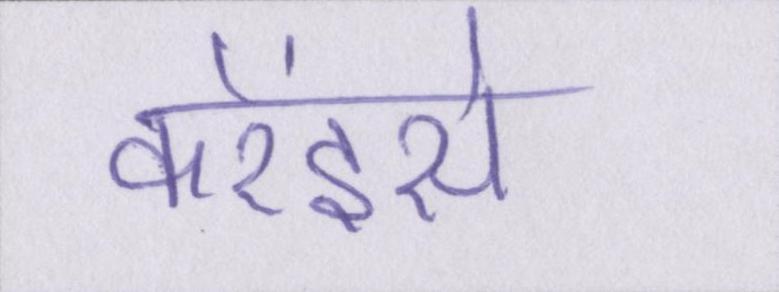
करेंइसे